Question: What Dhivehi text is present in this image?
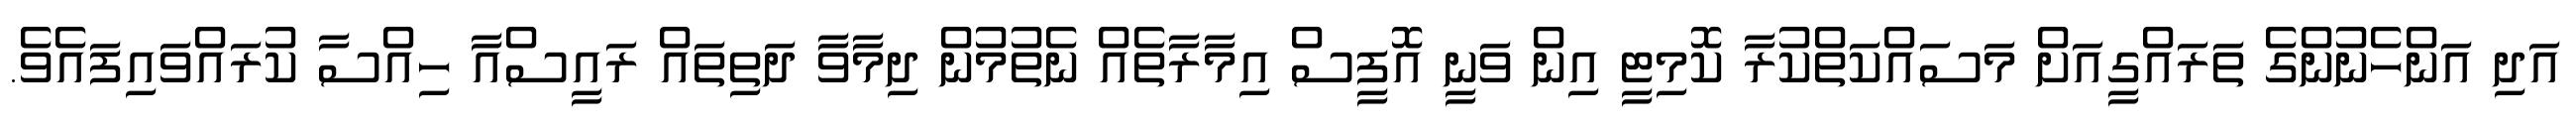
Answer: އަދި އަންހެނުންގެ ތަރައްގީއަށް މަސައްކަތްކުރާ ކޮމިޓީ އިން ވަނީ އޮފީސް އިމާރާތެއް ނެތުމުން ދިމާވާ ދަތިތައް ރައީސްއާ ހިއްސާ ކުރައްވައިފައެވެ.